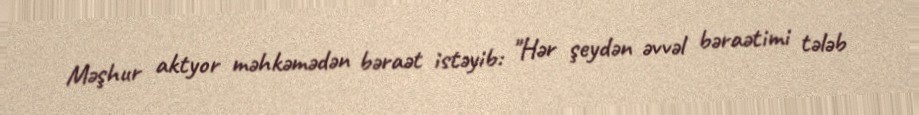
Məşhur aktyor məhkəmədən bəraət istəyib: "Hər şeydən əvvəl bəraətimi tələb